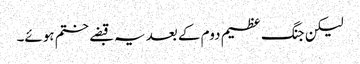
لیکن جنگ عظیم دوم کے بعد یہ قبضے ختم ہوئے۔